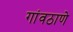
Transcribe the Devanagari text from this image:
गांवठाणे